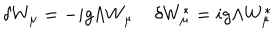
LaTeX: \delta W _ { \mu } = - i g \Lambda W _ { \mu } \; \delta W _ { \mu } ^ { \ast } = i g \Lambda W _ { \mu } ^ { \ast }